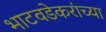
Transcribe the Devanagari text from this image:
भाटवडेकरांच्या